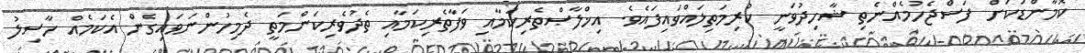
ކޮމާންޑަކަށް ފަސްޖެހުމެއްނެތި ޝާހިދުވަނީ ކުރިމަތިލައްވައިފައެވެ. އިޚްލާޞްތެރިކަމާއި ވަފާތެރިކަމާއި ތެދުވެރިކަންމަތީ ދެމިހުންނަވައިގެން އެކަމެއް ހާސިލު